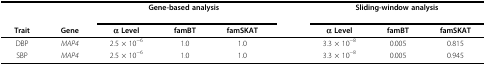
<table><thead><tr><td>[EMPTY_CELL]</td><td>[EMPTY_CELL]</td><td colspan="3"><b>Gene-based analysis</b></td><td>[EMPTY_CELL]</td><td colspan="3"><b>Sliding-window analysis</b></td></tr><tr><td><b>Trait</b></td><td><b>Gene</b></td><td><b>α Level</b></td><td><b>famBT</b></td><td><b>famSKAT</b></td><td>[EMPTY_CELL]</td><td><b>α Level</b></td><td><b>famBT</b></td><td><b>famSKAT</b></td></tr></thead><tbody><tr><td>DBP</td><td><i>MAP4</i></td><td>2.5 × 10<sup>−6</sup></td><td>1.0</td><td>1.0</td><td>[EMPTY_CELL]</td><td>3.3 × 10<sup>−8</sup></td><td>0.005</td><td>0.815</td></tr><tr><td>SBP</td><td><i>MAP4</i></td><td>2.5 × 10<sup>−6</sup></td><td>1.0</td><td>1.0</td><td>[EMPTY_CELL]</td><td>3.3 × 10<sup>−8</sup></td><td>0.005</td><td>0.945</td></tr></tbody></table>